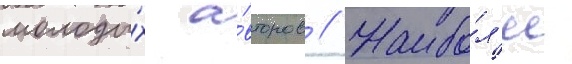
молоды́х а́второв // Наибо́л'ее